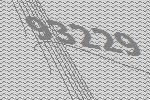
93229